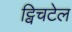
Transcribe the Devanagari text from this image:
ट्विचटेल